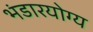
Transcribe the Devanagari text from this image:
भंडारयोग्य